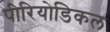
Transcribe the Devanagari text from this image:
पीरियोडिकल